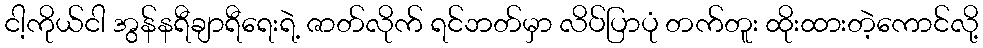
ငါ့ကိုယ်ငါ အွန်နရီချာရီရေးရဲ့ ဇာတ်လိုက် ရင်ဘတ်မှာ လိပ်ပြာပုံ တက်တူး ထိုးထားတဲ့ကောင်လို့